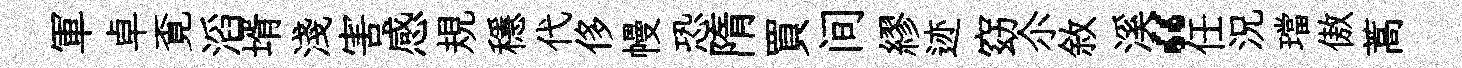
軍卓覔滔壻淺害感規穩代侈幔恐隋買间繆迹窈尒敘溪“任況璫傲蒿